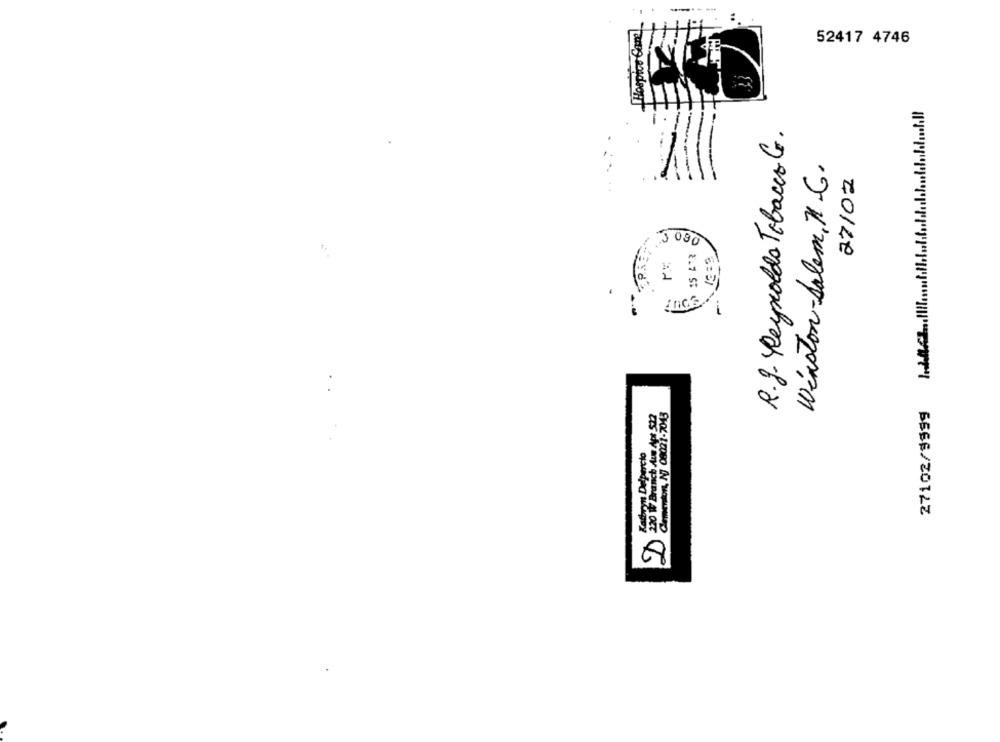
-------
Hospice Care
52417 4746
R.J. Perpoldo Tobacco G.
Winston-Salem, N .G.
27/02
.3 090
0
i
27102/9999
Cementors, NJ 09021-7043
Kathryn Delpercio
88